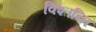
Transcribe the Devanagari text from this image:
विशान्ति